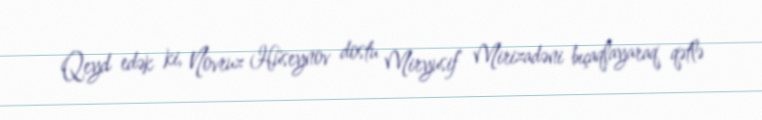
Qeyd edək ki, Novruz Hüseynov dostu Miryusif Mirizadəni bıçaqlayaraq qətlə